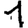
Digit: 1